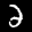
Label: 2